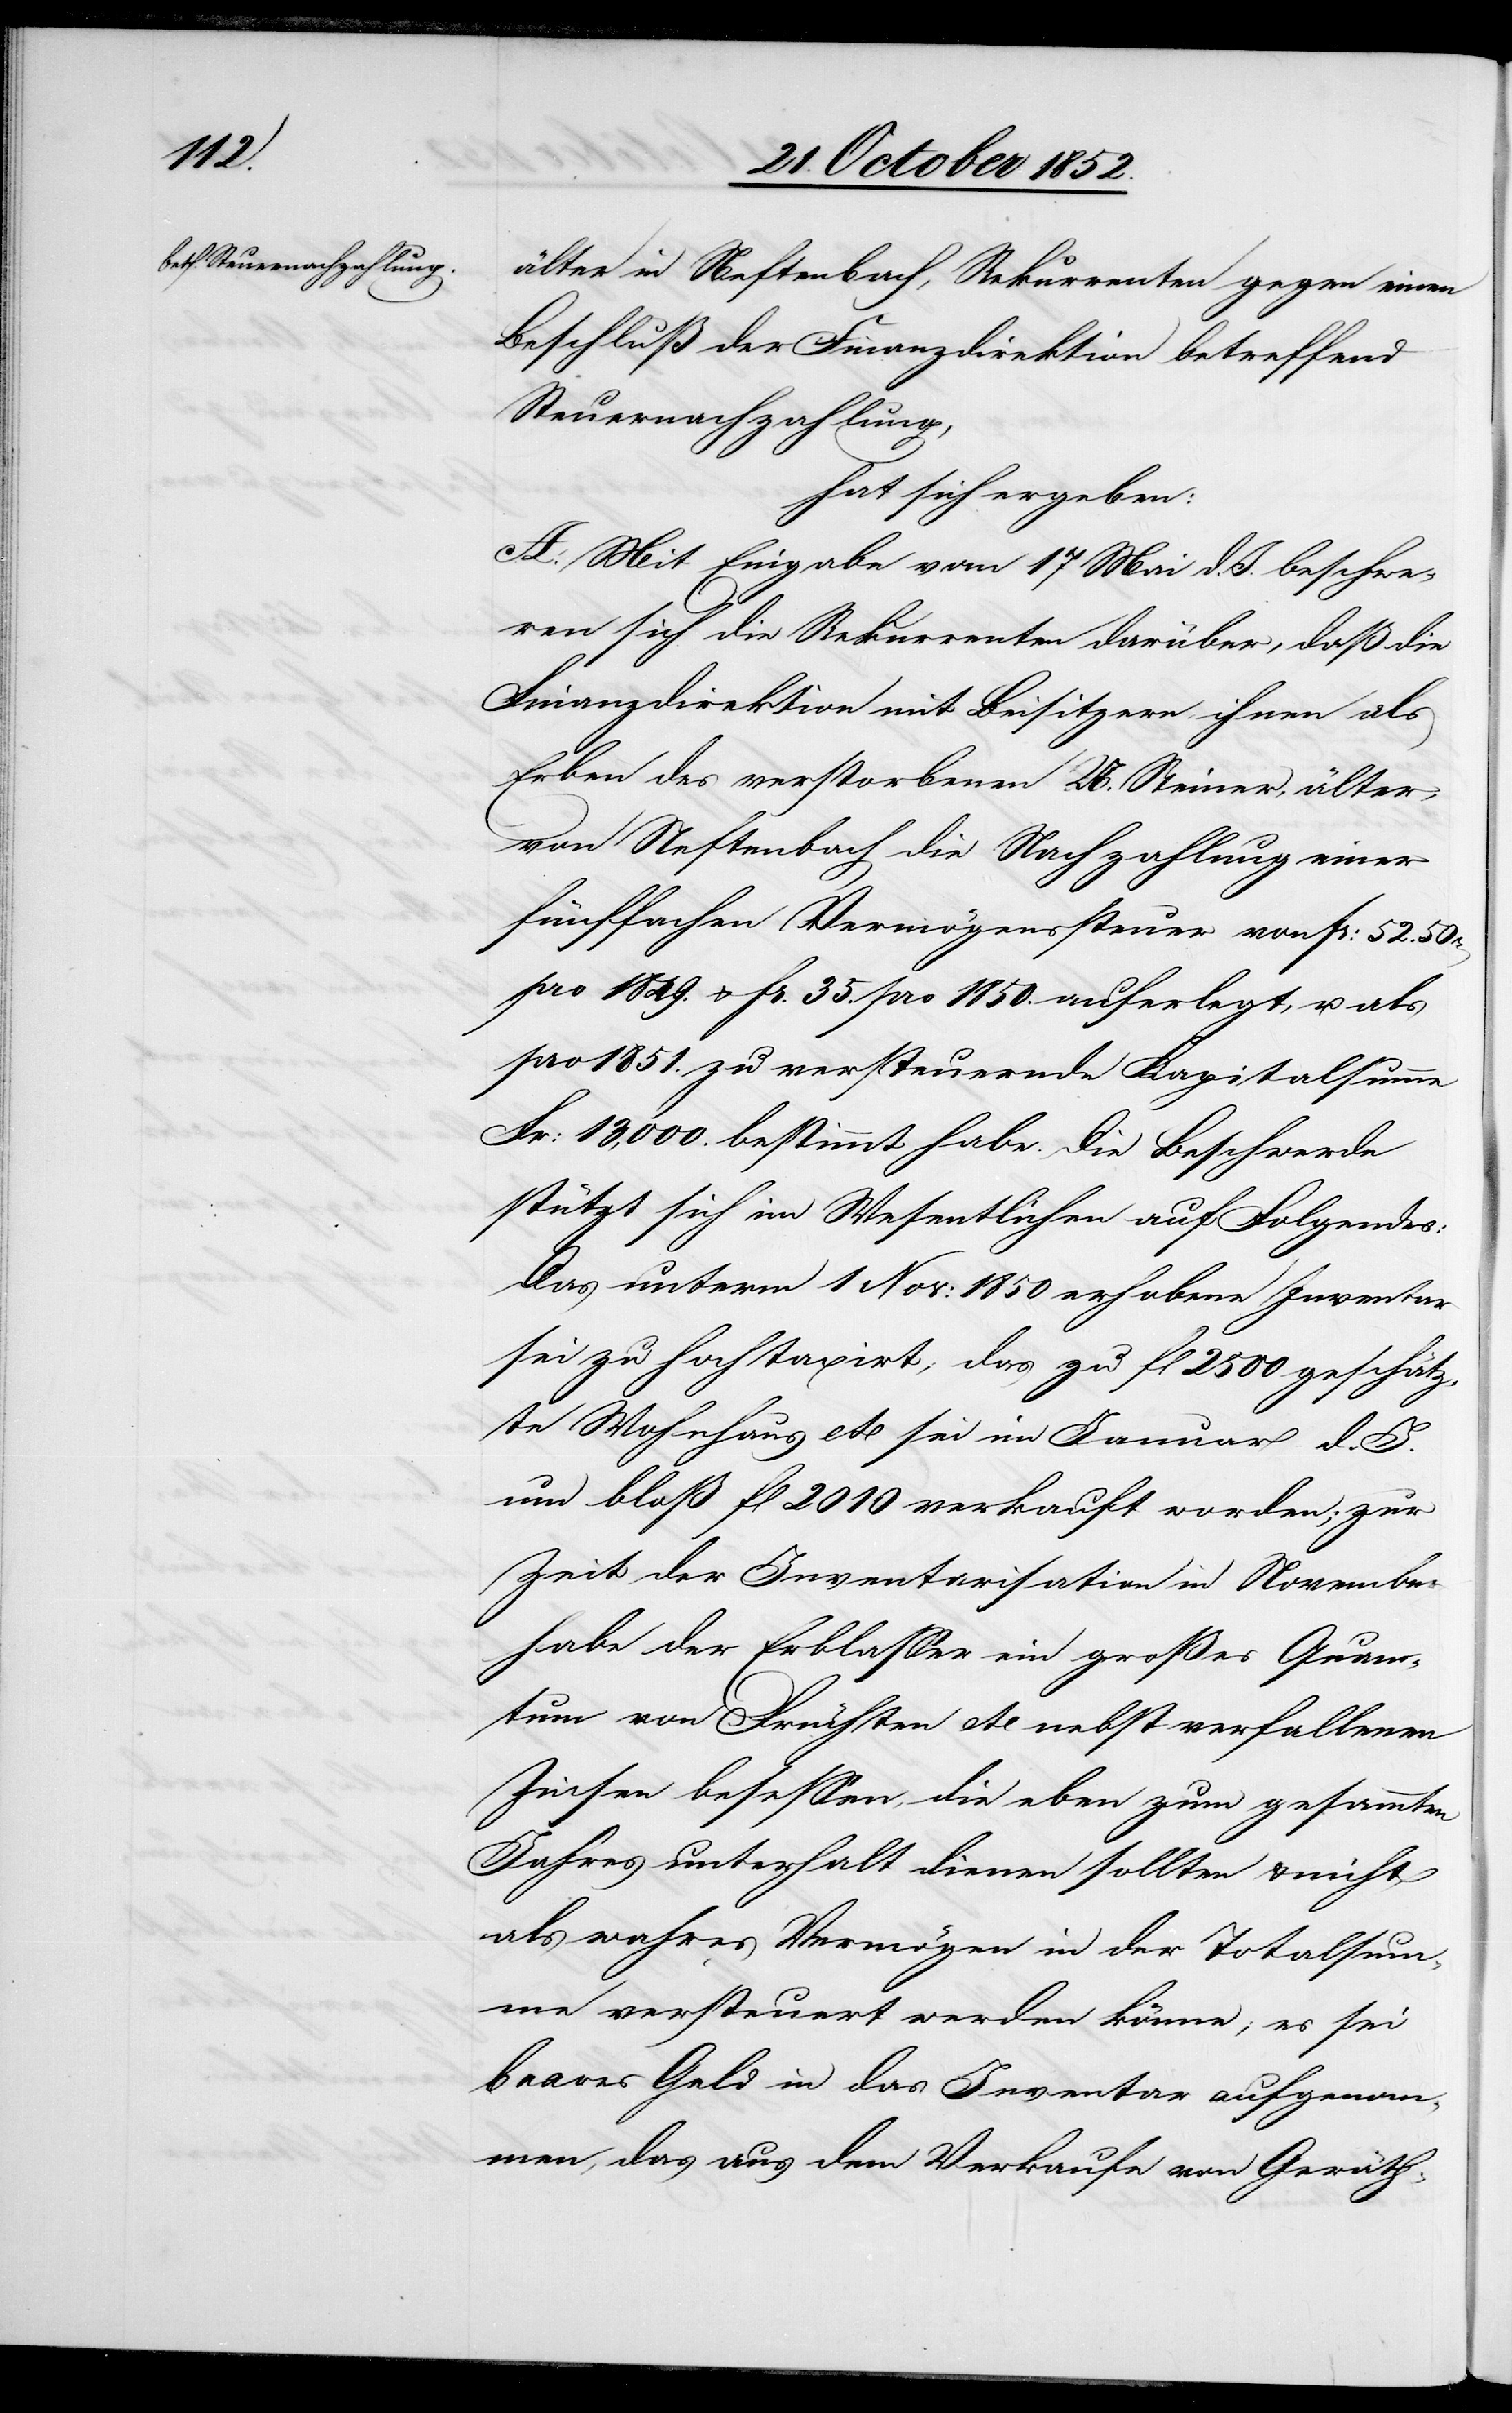
älter in Neftenbach, Rekurrenten gegen einen
Beschluß der Finanzdirektion betreffend
Steuernachzahlung,
hat sich ergeben:
A. Mit Eingabe vom 17 Mai d. J. beschwe¬
ren sich die Rekurrenten darüber, daß die
Finanzdirektion mit Beisitzern ihnen als
Erben des verstorbenen U. Steiner, älter,
von Neftenbach die Nachzahlung einer
fünffachen Vermögenssteuer von Fr: 52. 50r[en]
pro 1849. & Fr. 35. pro 1850. auferlegt, u. als
pro 1851. zu versteuernde Kapitalsumme
Fr: 13,000. bestimmt habe. Die Beschwerde
stützt sich im Wesentlichen auf Folgendes:
Das unterm 1 Nov: 1850 erhobene Inventar
sei zu hoch taxirt; das zu fl 2500 geschätz¬
te Wohnhaus etc sei im Januar d.
um bloß fl 2010 verkauft worden; zur
Zeit der Inventarisation in [sic!] November
habe der Erblasser ein großes Quan¬
tum von Früchten etc nebst verfallenen
Zinsen besessen, die eben zum gesammten
Jahresunterhalt dienen sollten & nicht
als wahres Vermögen in der Totalsum¬
me versteuert werden könne; es sei
baares Geld in das Inventar aufgenom¬
men, das aus dem Verkaufe von Geräth-